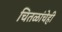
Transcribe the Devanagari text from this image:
चितळांचेही